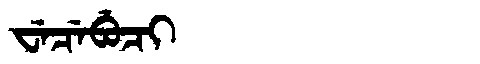
Manchu: ᠸᡝᠴᡝᠪᡠᠴᡳ
Romanization: WECEBUCI